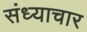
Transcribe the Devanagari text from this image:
संध्याचार